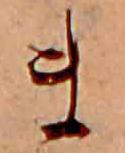
ま